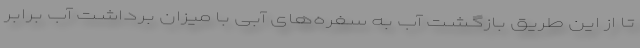
تا از این طریق بازگشت آب‌ به سفره‌های آبی با میزان برداشت آب برابر